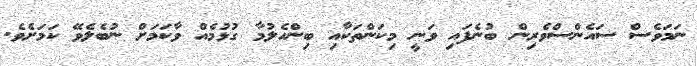
ނަމަވެސް ސައެންސްވެރިން ބުނެފައި ވަނީ މިކަންތަކާއި ބިންހެލުމާ ގުޅުމެއް ވާކަމަށް ނުބެލެވޭ ކަމަށެވެ.